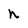
Character: h